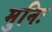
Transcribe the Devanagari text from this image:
मुनिः